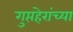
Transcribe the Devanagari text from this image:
गुप्तहेरांच्या